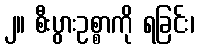
၂။ စီးပွားဥစ္စာကို ရခြင်း၊